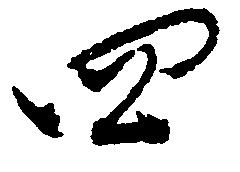
四